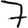
Digit: 7